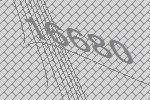
16680